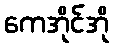
ကေအိုင်အို